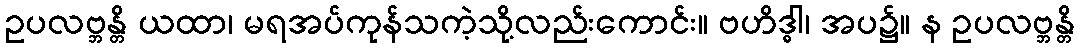
ဥပလဗ္ဘန္တိ ယထာ၊ မရအပ်ကုန်သကဲ့သို့လည်းကောင်း။ ဗဟိဒ္ဓါ၊ အပ၌။ န ဥပလဗ္ဘန္တိ